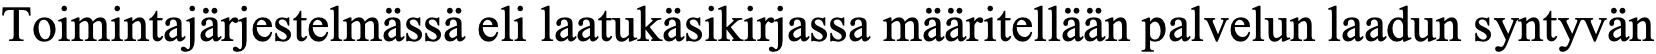
Toimintajärjestelmässä eli laatukäsikirjassa määritellään palvelun laadun syntyvän